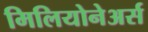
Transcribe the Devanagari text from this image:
मिलियोनेअर्स